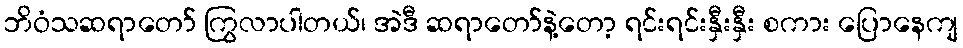
ဘိဝံသဆရာတော် ကြွလာပါတယ်၊ အဲဒီ ဆရာတော်နဲ့တော့ ရင်းရင်းနှီးနှီး စကား ပြောနေကျ